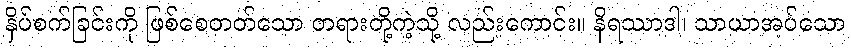
နှိပ်စက်ခြင်းကို ဖြစ်စေတတ်သော တရားတို့ကဲ့သို့ လည်းကောင်း။ နိရဿာဒါ၊ သာယာအပ်သော